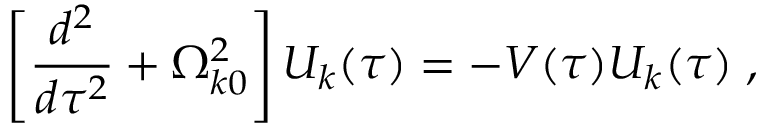
\left[ \frac { d ^ { 2 } } { d \tau ^ { 2 } } + \Omega _ { k 0 } ^ { 2 } \right] U _ { k } ( \tau ) = - V ( \tau ) U _ { k } ( \tau ) \; ,